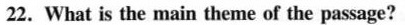
22.What is the main theme of the passage?